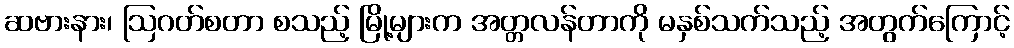
ဆဗားနား၊ ဩဂတ်စတာ စသည့် မြို့များက အတ္တလန်တာကို မနှစ်သက်သည့် အတွက်ကြောင့်